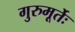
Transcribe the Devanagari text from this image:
गुरुमूर्तेः